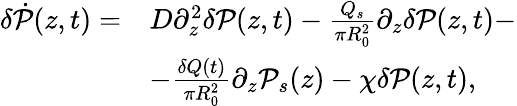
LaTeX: \begin{array}{rl}{\delta\dot{\mathcal{P}}(z,t)=}&{D\partial_{z}^{2}\delta\mathcal{P}(z,t)-\frac{Q_{s}}{\pi R_{0}^{2}}\partial_{z}\delta\mathcal{P}(z,t)-}\\ &{-\frac{\delta Q(t)}{\pi R_{0}^{2}}\partial_{z}\mathcal{P}_{s}(z)-\chi\delta\mathcal{P}(z,t),}\end{array}